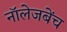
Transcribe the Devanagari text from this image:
नॉलेजबेंच